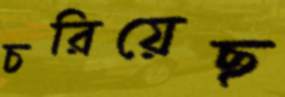
চরিয়েছ